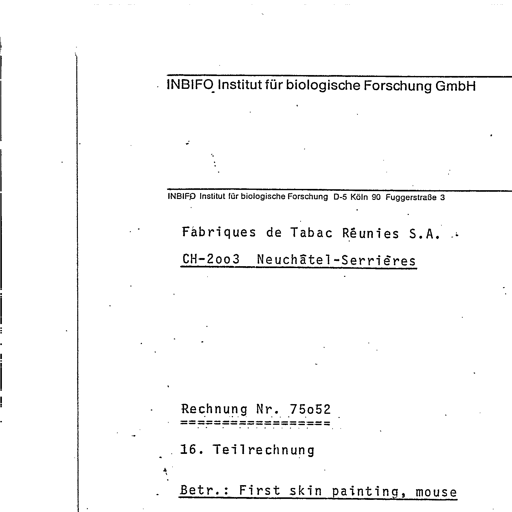
Transcript:
INBIFO Institut für biologische Forschung GmbH

INBIFO Institut für biologische Forschung D-5 Köln 90 Fuggerstraße 3

Fabriques de Tabac Réunies S.A.

CH-2003 Neuchâtel-Serrières

Rechnung Nr. 75052
==================

16. Teilrechnung

Betr.: First skin painting, mouse